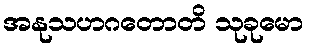
အနုသဟဂတောတိ သုခုမော